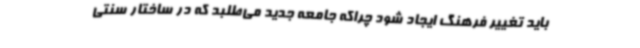
باید تغییر فرهنگ ایجاد شود چراکه جامعه جدید می‌طلبد که در ساختار سنتی